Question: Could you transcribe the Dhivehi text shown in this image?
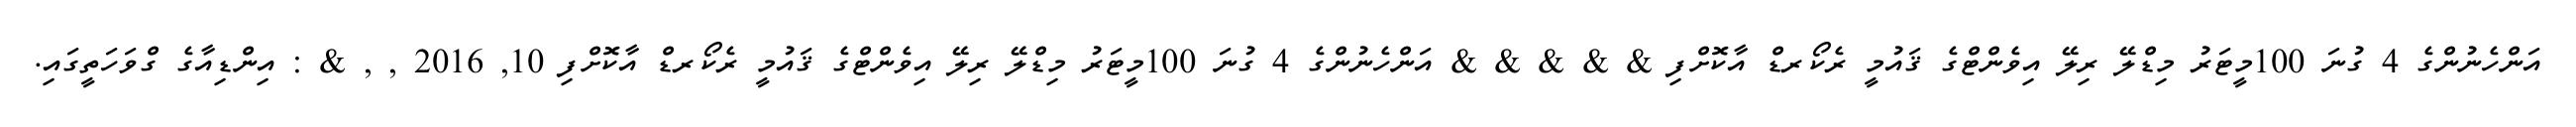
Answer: އަންހެނުންގެ 4 ގުނަ 100މީޓަރު މިޑްލޭ ރިލޭ އިވެންޓްގެ ޤައުމީ ރެކޯރޑް އާކޮށްފި & & & & & އަންހެނުންގެ 4 ގުނަ 100މީޓަރު މިޑްލޭ ރިލޭ އިވެންޓްގެ ޤައުމީ ރެކޯރޑް އާކޮށްފި 10, 2016 , , & : އިންޑިއާގެ ގްވަހަތީގައި.